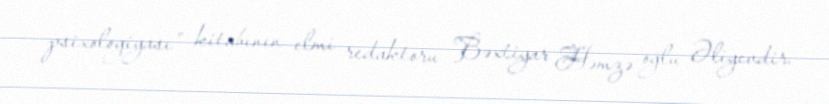
psixologiyası” kitabının elmi redaktoru Bəxtiyar Həmzə oğlu Əliyevdir.